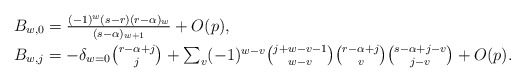
\begin{align*}\textstyle B_{w,0} & \textstyle = \frac{(-1)^w(s-r)(r-\alpha)_w}{(s-\alpha)_{w+1}} + O(p),\\ \textstyle B_{w,j} & \textstyle = - \delta_{w = 0} {r-\alpha+j \choose j} + \sum_v(-1)^{w-v} {j+w-v-1\choose w-v} {r-\alpha+j\choose v} {s-\alpha+j-v \choose j-v} + O(p).\end{align*}